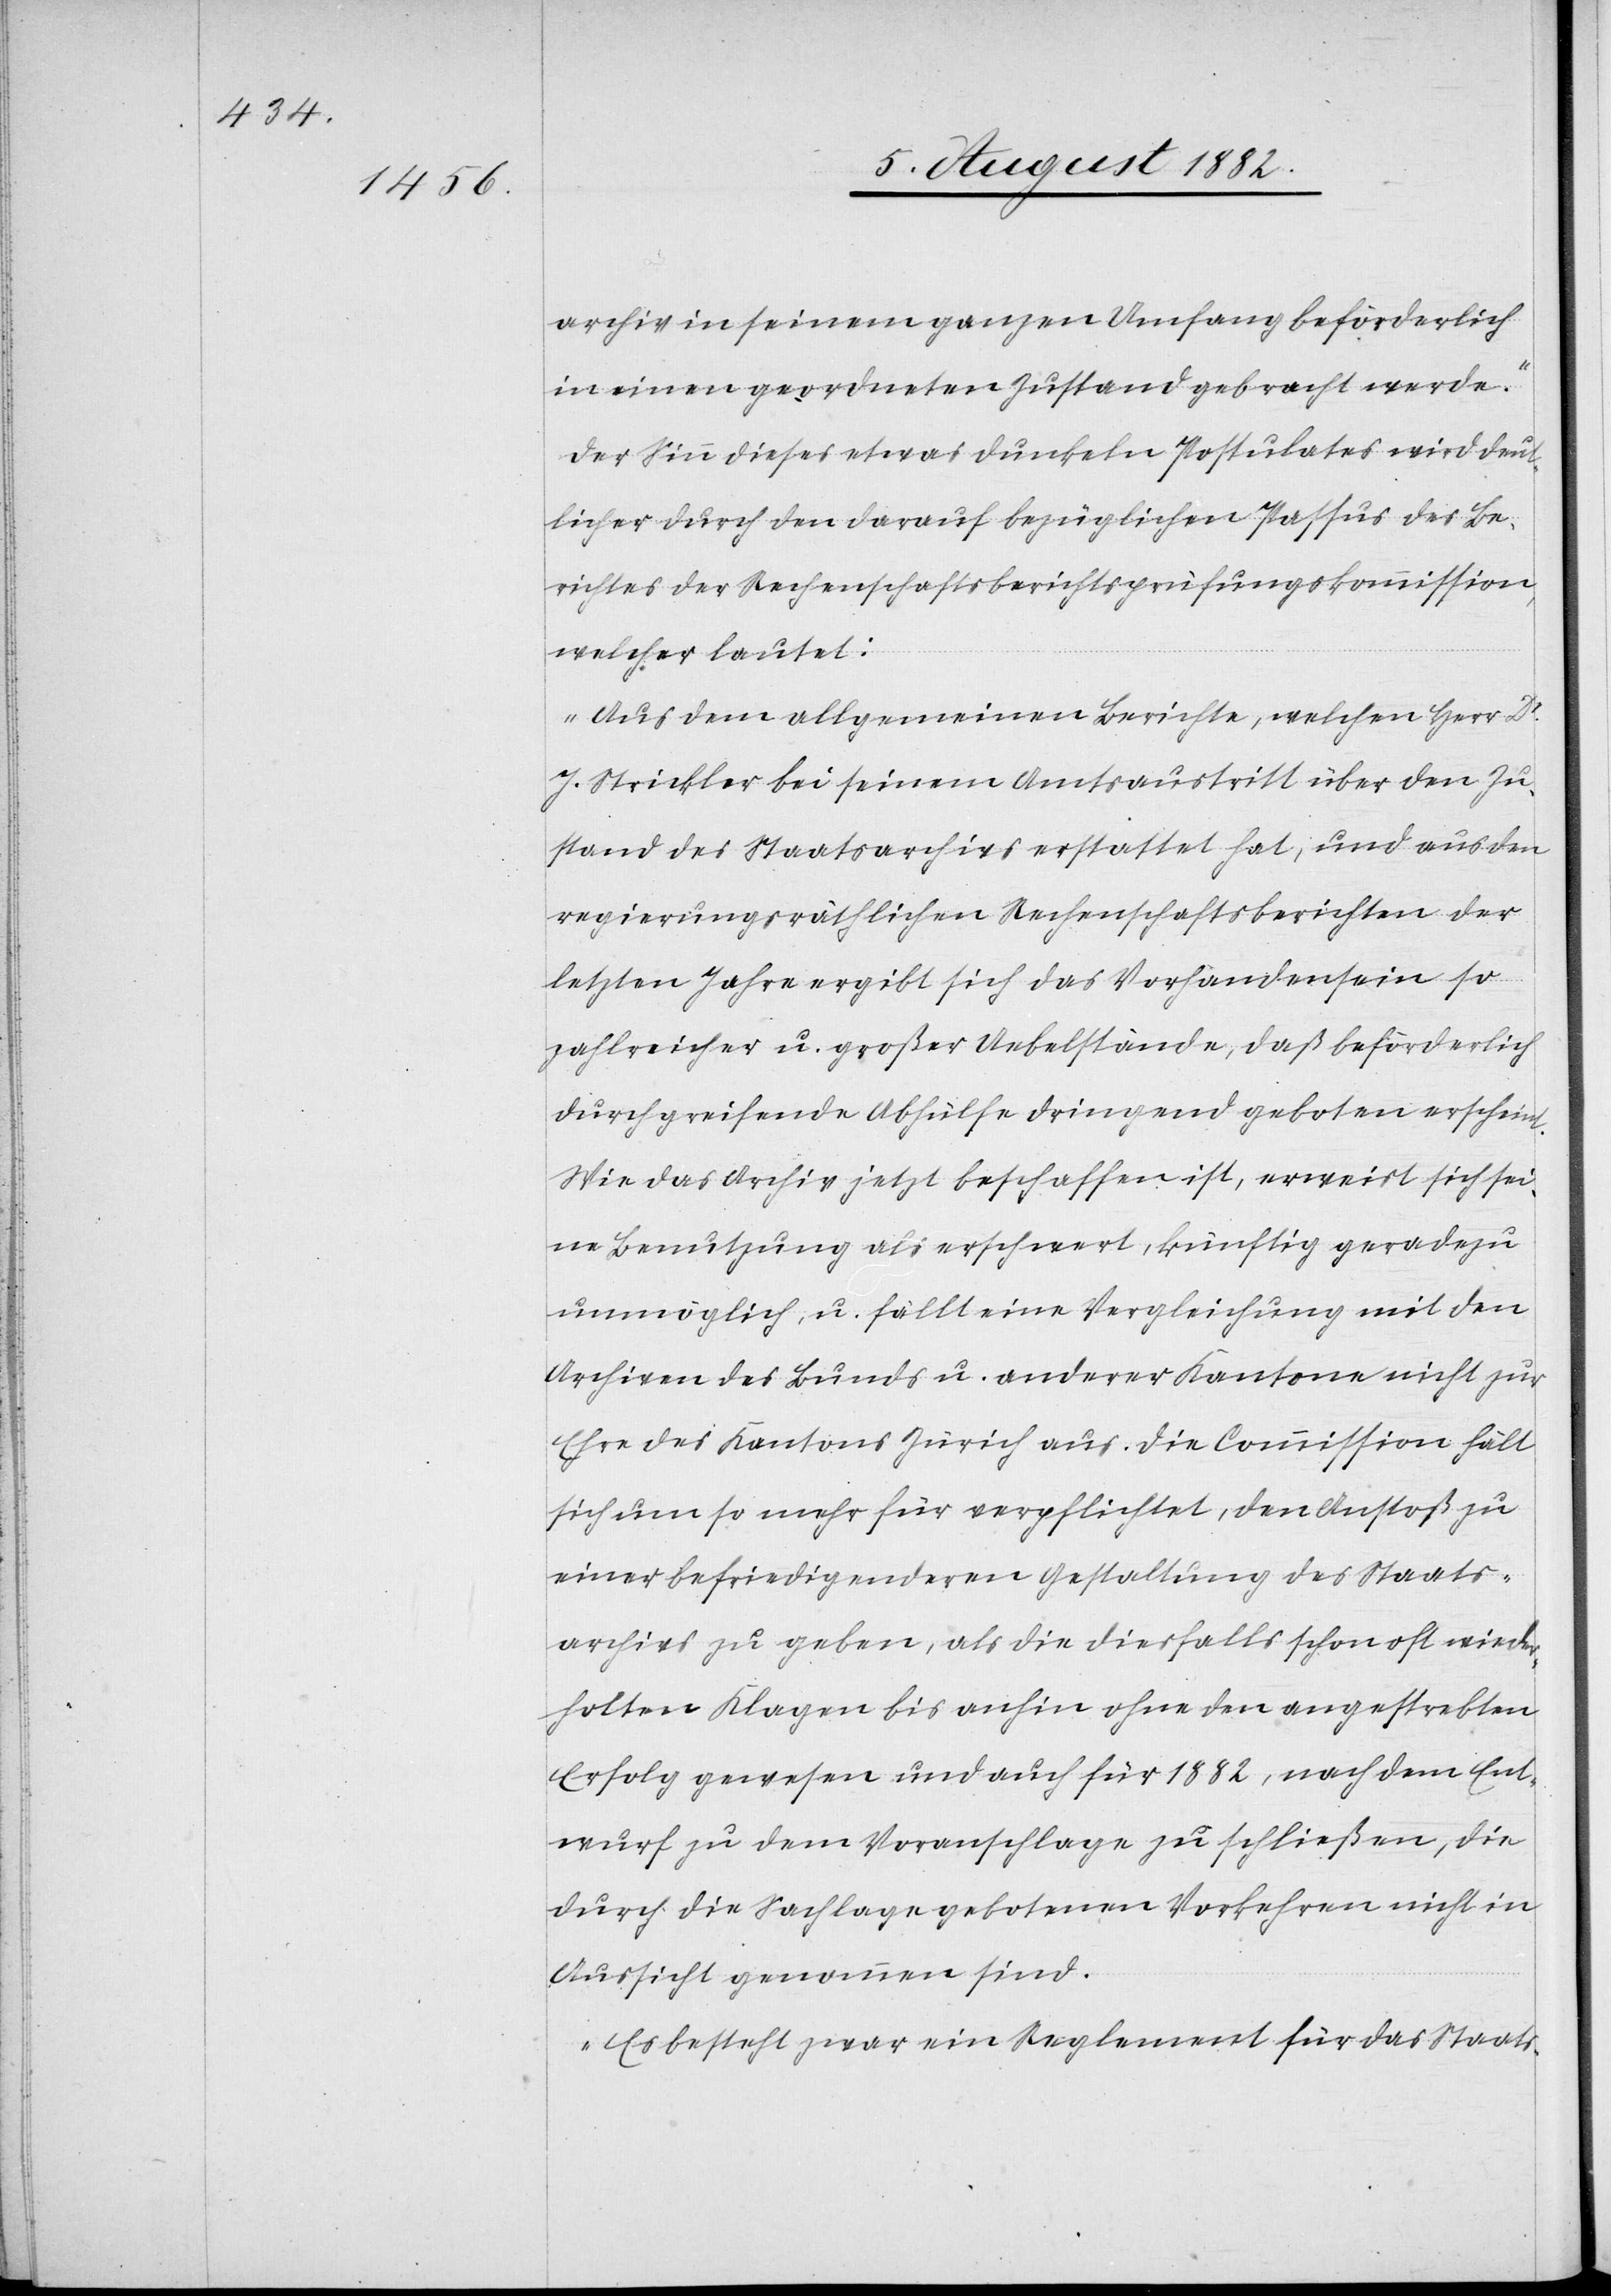
archiv in seinem ganzen Umfang beförderlich
in einen geordneten Zustand gebracht werde.“
Der Sinn dieses etwas dunkeln Postulates wird deut¬
lich durch den darauf bezüglichen Passus des Be¬
richtes der Rechenschaftsberichtsprüfungskommission,
welcher lautet:
„Aus dem allgemeinen Berichte, welchen Herr Dr
J. Strickler bei seinem Amtsaustritt über den Zu¬
stand des Staatsarchivs erstattet hat, und aus den
regierungsräthlichen Rechenschaftsberichten der
letzten Jahre ergibt sich das Vorhandensein so
zahlreicher u. großer Uebelstände, daß beförderlich
durchgreifende Abhülfe dringend geboten erscheint.
Wie das Archiv jetzt beschaffen ist, erweist sich sei¬
ne Benutzung als erschwert, künftig geradezu
unmöglich, u. fällt eine Vergleichung mit den
Archiven des Bundes u. anderer Kantone nicht zur
Ehre des Kantons Zürich aus. Die Commission hält
sich um so mehr für verpflichtet, den Anstoß zu
einer befriedigenderen Gestaltung des Staats¬
archives zu geben, als die diesfalls schon oft wieder¬
holten Klagen bis anhin ohne den angestrebten
Erfolg gewesen und auch für 1882, nach dem Ent¬
wurf zu dem Voranschlage zu schließen, die
durch die Sachlage gebotenen Vorkehren nicht in
Aussicht genommen sind.
Es besteht zwar ein Reglement für das Staats-